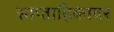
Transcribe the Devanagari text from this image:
साप्ताहिकावर